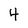
Character: 4